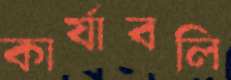
কার্যাবলি